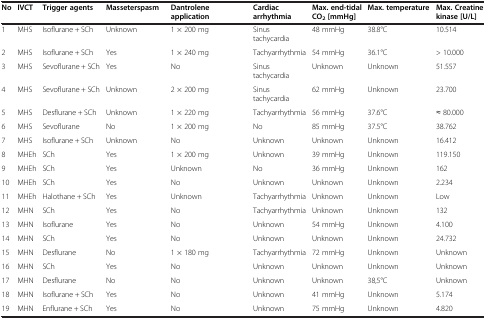
<table><thead><tr><td><b>No</b></td><td><b>IVCT</b></td><td><b>Trigger agents</b></td><td><b>Masseterspasm</b></td><td><b>Dantrolene application</b></td><td><b>Cardiac arrhythmia</b></td><td><b>Max. end-tidal CO<sub>2</sub>[mmHg]</b></td><td><b>Max. temperature</b></td><td><b>Max. Creatine kinase [U/L]</b></td></tr></thead><tbody><tr><td>1</td><td>MHS</td><td>Isoflurane + SCh</td><td>Unknown</td><td>1 × 200 mg</td><td>Sinus tachycardia</td><td>48 mmHg</td><td>38.8°C</td><td>10.514</td></tr><tr><td>2</td><td>MHS</td><td>Isoflurane + SCh</td><td>Yes</td><td>1 × 240 mg</td><td>Tachyarrhythmia</td><td>54 mmHg</td><td>36.1°C</td><td>&gt; 10.000</td></tr><tr><td>3</td><td>MHS</td><td>Sevoflurane + SCh</td><td>Yes</td><td>No</td><td>Sinus tachycardia</td><td>Unknown</td><td>Unknown</td><td>51.557</td></tr><tr><td>4</td><td>MHS</td><td>Sevoflurane + SCh</td><td>Unknown</td><td>2 × 200 mg</td><td>Sinus tachycardia</td><td>62 mmHg</td><td>Unknown</td><td>23.700</td></tr><tr><td>5</td><td>MHS</td><td>Desflurane + SCh</td><td>Unknown</td><td>1 × 220 mg</td><td>Tachyarrhythmia</td><td>56 mmHg</td><td>37.6°C</td><td>≈ 80.000</td></tr><tr><td>6</td><td>MHS</td><td>Sevoflurane</td><td>No</td><td>1 × 200 mg</td><td>No</td><td>85 mmHg</td><td>37.5°C</td><td>38.762</td></tr><tr><td>7</td><td>MHS</td><td>Isoflurane + SCh</td><td>Unknown</td><td>No</td><td>Unknown</td><td>Unknown</td><td>Unknown</td><td>16.412</td></tr><tr><td>8</td><td>MHEh</td><td>SCh</td><td>Yes</td><td>1 × 200 mg</td><td>Unknown</td><td>39 mmHg</td><td>Unknown</td><td>119.150</td></tr><tr><td>9</td><td>MHEh</td><td>SCh</td><td>Yes</td><td>Unknown</td><td>No</td><td>36 mmHg</td><td>Unknown</td><td>162</td></tr><tr><td>10</td><td>MHEh</td><td>SCh</td><td>Yes</td><td>No</td><td>Unknown</td><td>Unknown</td><td>Unknown</td><td>2.234</td></tr><tr><td>11</td><td>MHEh</td><td>Halothane + SCh</td><td>Yes</td><td>Unknown</td><td>Tachyarrhythmia</td><td>Unknown</td><td>Unknown</td><td>Low</td></tr><tr><td>12</td><td>MHN</td><td>SCh</td><td>Yes</td><td>No</td><td>Tachyarrhythmia</td><td>Unknown</td><td>Unknown</td><td>132</td></tr><tr><td>13</td><td>MHN</td><td>Isoflurane</td><td>Yes</td><td>No</td><td>Unknown</td><td>54 mmHg</td><td>Unknown</td><td>4.100</td></tr><tr><td>14</td><td>MHN</td><td>SCh</td><td>Yes</td><td>No</td><td>Unknown</td><td>Unknown</td><td>Unknown</td><td>24.732</td></tr><tr><td>15</td><td>MHN</td><td>Desflurane</td><td>No</td><td>1 × 180 mg</td><td>Tachyarrhythmia</td><td>72 mmHg</td><td>Unknown</td><td>Unknown</td></tr><tr><td>16</td><td>MHN</td><td>SCh</td><td>Yes</td><td>No</td><td>Unknown</td><td>Unknown</td><td>Unknown</td><td>Unknown</td></tr><tr><td>17</td><td>MHN</td><td>Desflurane</td><td>No</td><td>No</td><td>Unknown</td><td>Unknown</td><td>38,5°C</td><td>Unknown</td></tr><tr><td>18</td><td>MHN</td><td>Isoflurane + SCh</td><td>Yes</td><td>No</td><td>Unknown</td><td>41 mmHg</td><td>Unknown</td><td>5.174</td></tr><tr><td>19</td><td>MHN</td><td>Enflurane + SCh</td><td>Yes</td><td>No</td><td>Unknown</td><td>75 mmHg</td><td>Unknown</td><td>4.820</td></tr></tbody></table>